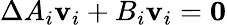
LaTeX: \Delta A_{i}\mathbf{v}_{i}+B_{i}\mathbf{v}_{i}=\mathbf{0}